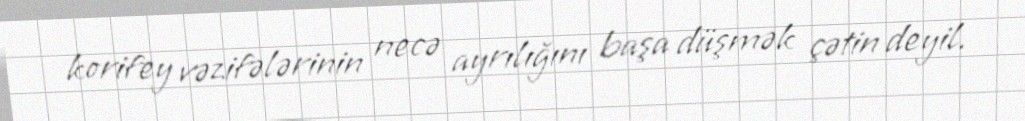
korifey vəzifələrinin necə ayrılığını başa düşmək çətin deyil.